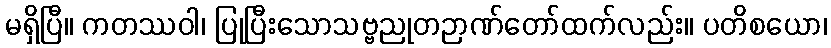
မရှိပြီ။ ကတဿဝါ၊ ပြုပြီးသောသဗ္ဗညုတဉာဏ်တော်ထက်လည်း။ ပတိစယော၊